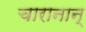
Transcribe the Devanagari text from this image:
चारानान्